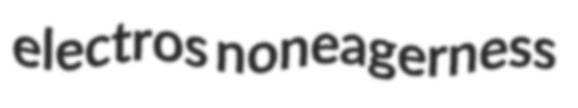
electros noneagerness